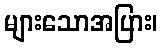
များသောအပြား၊